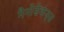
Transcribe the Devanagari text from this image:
नैनोसेकंड्स